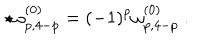
LaTeX: \star \omega _ { p , 4 - p } ^ { ( 0 ) } = ( - 1 ) ^ { p } \omega _ { p , 4 - p } ^ { ( 0 ) } \ .